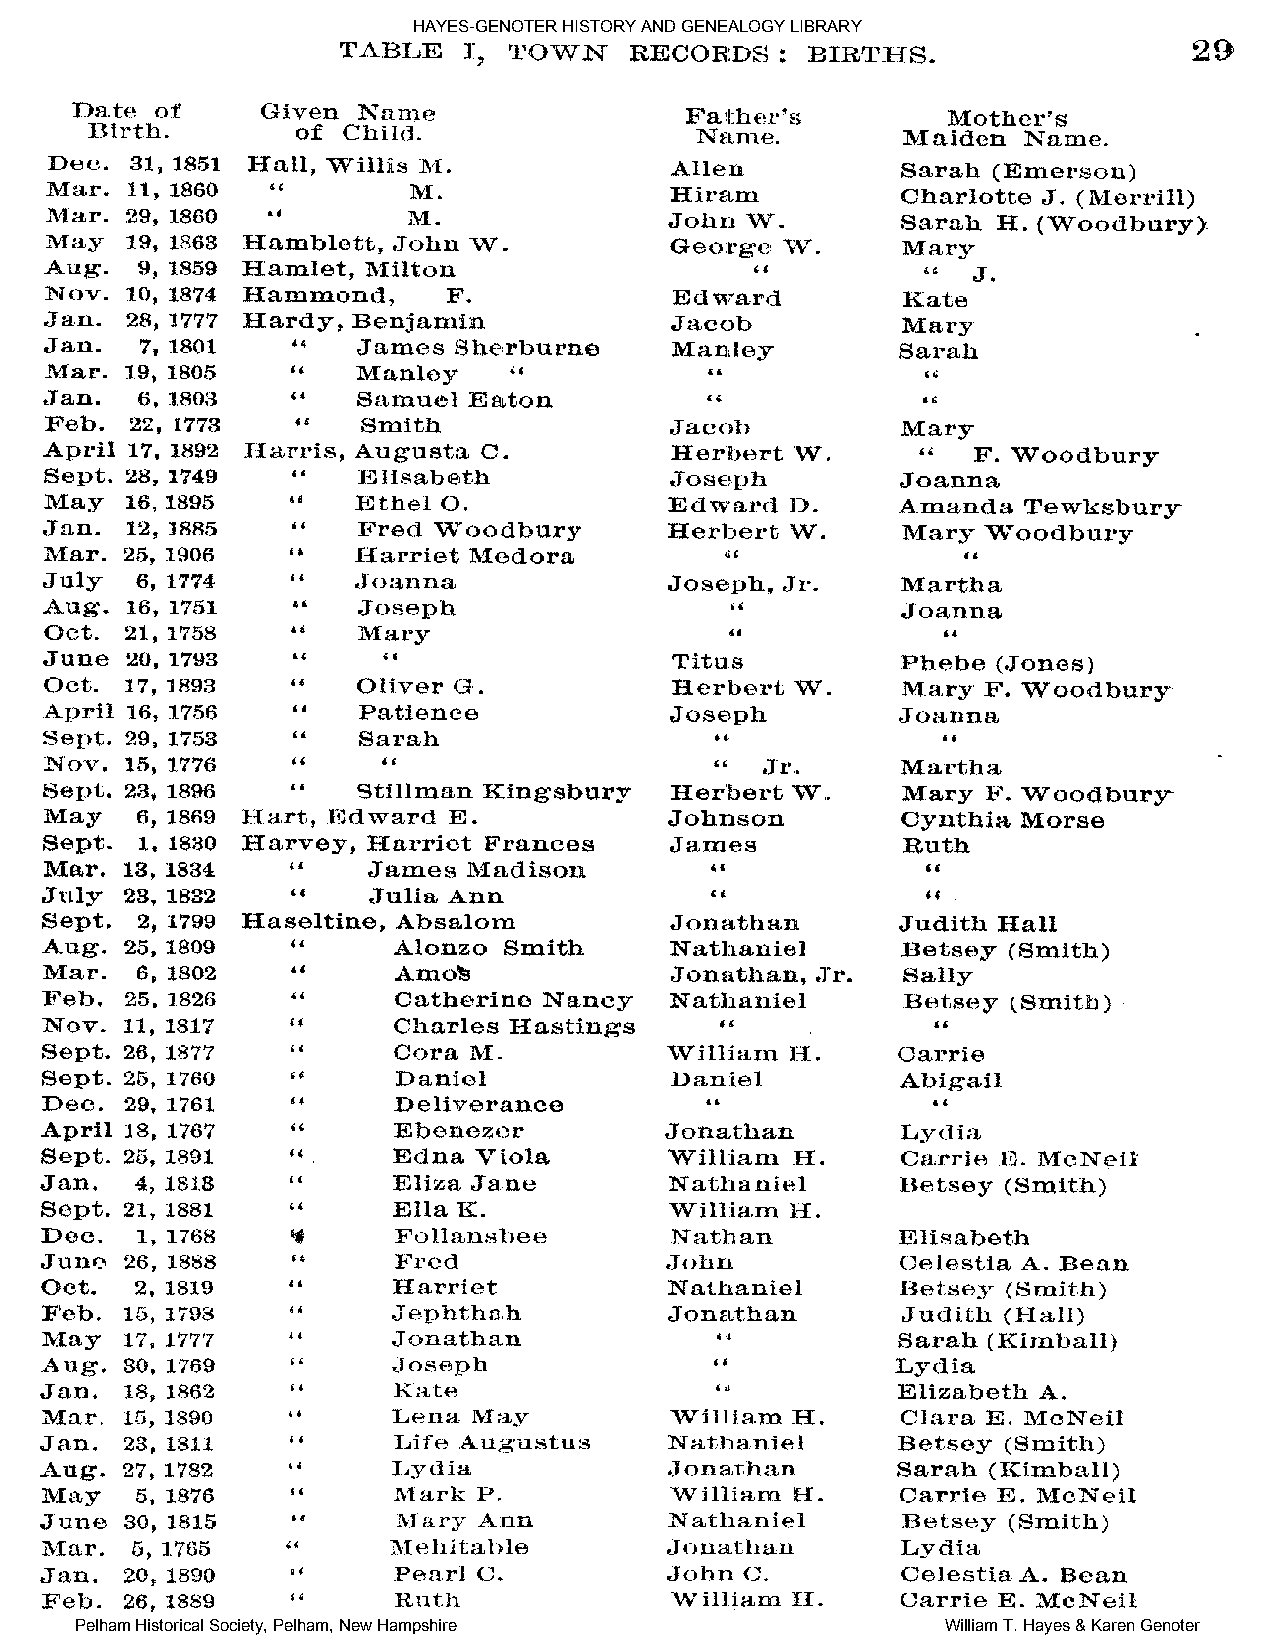
HAYES-GENOTER HISTORY AND GENEALOGY LIBRARY
 Pelham Historical Society, Pelham, New Hampshire          William T. Hayes & Karen Genoter